Leaving Certificate Examination, 1913
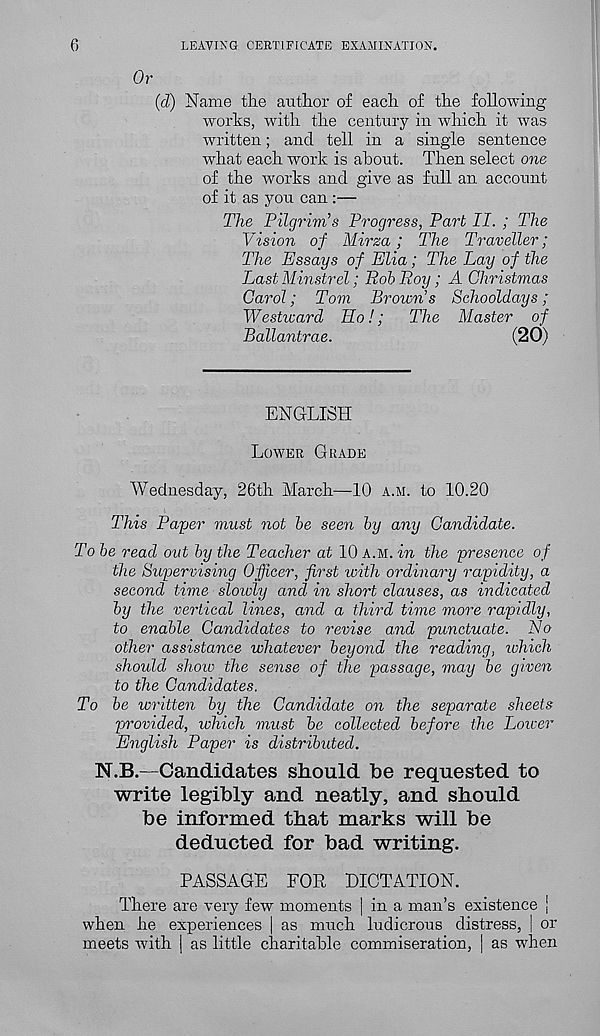
6
LEAVING CERTIFICATE EXAMINATION.
Or
(d) Name the author of each of the following
works, with the century in which it was
written; and tell in a single sentence
what each work is about. Then select one
of the works and give as full an account
of it as you can :—
The Pilgrim’s Progress, Part II. ; The
Vision of Mirza; The Traveller;
The Essays of Elia; The Lay of the
Last Minstrel; Rob Roy; A Christmas
Carol; Tom Brown s Schooldays;
Westward Ho!; The Master of
Ballantrae.
(20)
ENGLISH
LOWER GRADE
Wednesday, 26th March—10 A.M. to 10.20
This Paper must not be seen by any Candidate.
To be read out by the Teacher at 10 A.M. in the presence of
the Supervising Officer, first with ordinary rapidity, a
second time slowly and in short clauses, as indicated
by the vertical lines, and a third time more rapidly,
to enable Candidates to revise and punctuate. No
other assistance whatever beyond the reading, tvhich
should show the sense of the passage, may be given
to the Candidates.
To be written by the Candidate on the separate sheets
provided, which must be collected before the Lower
English Paper is distributed.
N.B.—Candidates should be requested to
write legibly and neatly, and should
be informed that marks will be
deducted for bad writing.
PASSAGE FOR DICTATION.
There are very few moments | in a man’s existence |
when he experiences | as much ludicrous distress, | or
meets with j as little charitable commiseration, | as when